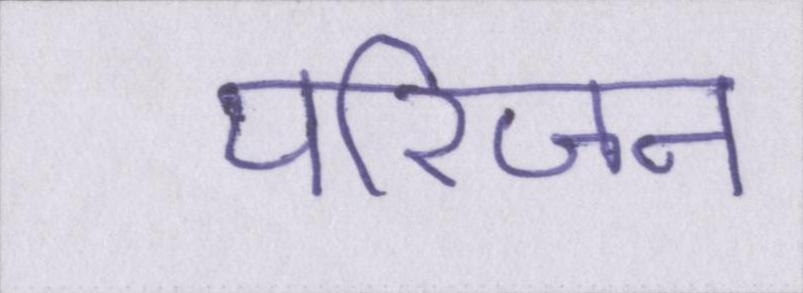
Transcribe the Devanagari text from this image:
परिजन